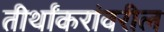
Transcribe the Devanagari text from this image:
तीर्थांकरांवरील